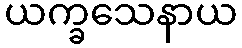
ယက္ခသေနာယ